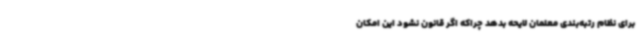
برای نظام رتبه‌بندی معلمان لایحه بدهد چراکه اگر قانون نشود این امکان